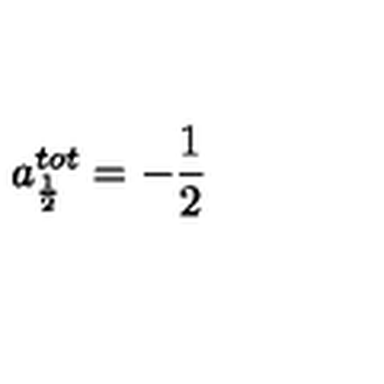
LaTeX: a _ { \frac 1 2 } ^ { t o t } = - \frac 1 2